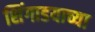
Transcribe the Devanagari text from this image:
शिंगाडयाच्या